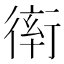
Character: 𧗵